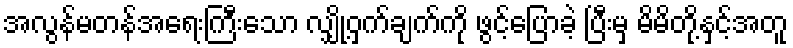
အလွန်မတန်အရေးကြီးသော လျှို့ဝှက်ချက်ကို ဖွင့်ပြောခဲ့ ပြီးမှ မိမိတို့နှင့်အတူ